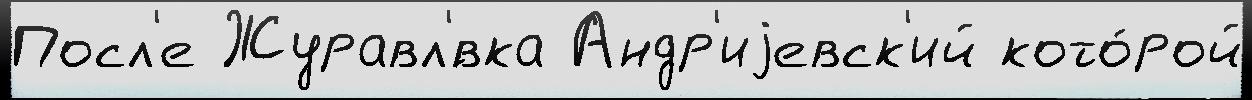
Посл'е Журавл'́вка Андр'иjевск'ий кото́рой